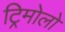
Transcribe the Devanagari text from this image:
ट्रिमोलो